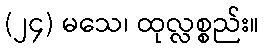
(၂၄) မသေ၊ ထုလ္လစ္စည်း။